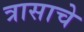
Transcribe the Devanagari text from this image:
त्रासाचे